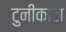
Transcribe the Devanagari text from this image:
टुनीकाटा